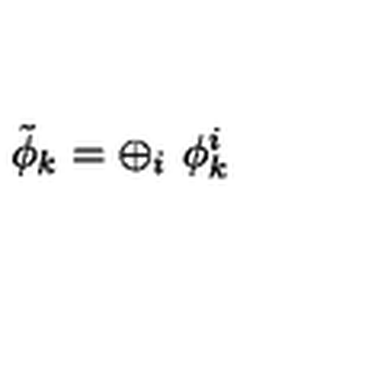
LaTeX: \tilde { \phi } _ { k } = \oplus _ { i } \ \phi _ { k } ^ { i }